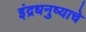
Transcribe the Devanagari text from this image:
इंद्रधनुष्याचे